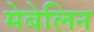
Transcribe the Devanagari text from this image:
मेबेलिन